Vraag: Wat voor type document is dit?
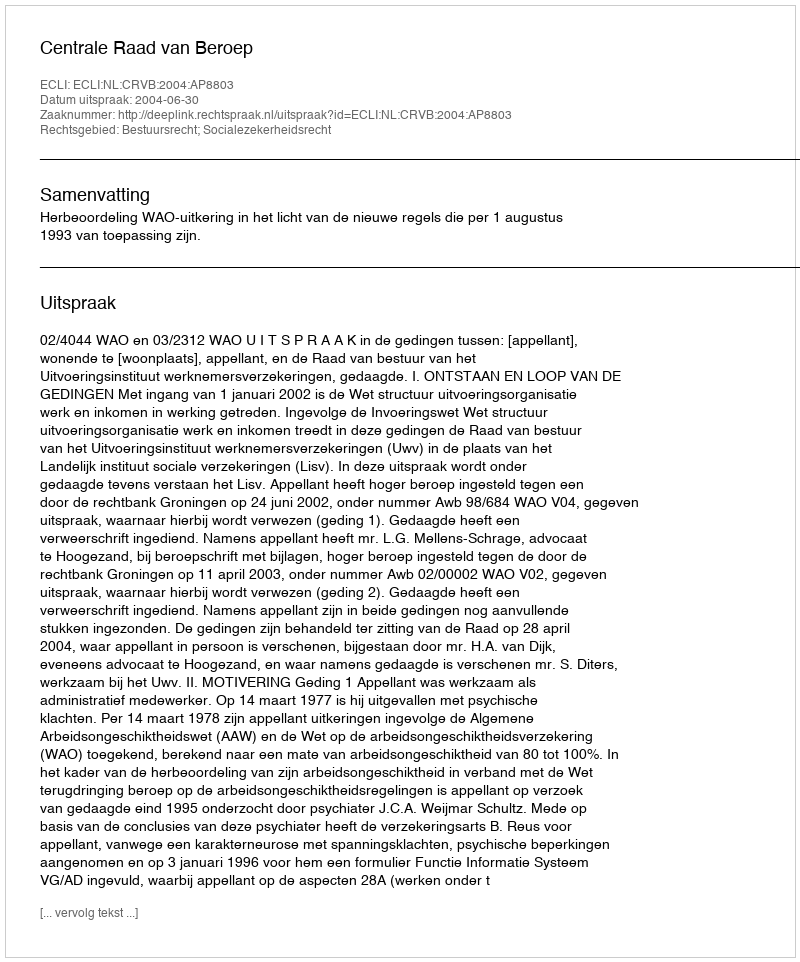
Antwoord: Uitspraak